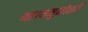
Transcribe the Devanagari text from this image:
था।यमुनोत्तरी